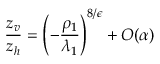
\frac { z _ { v } } { z _ { h } } = \left( - \frac { \rho _ { 1 } } { \lambda _ { 1 } } \right) ^ { 8 / \epsilon } + { \cal O } ( \alpha )